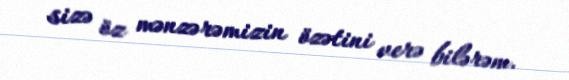
sizə öz mənzərəmizin özətini verə bilərəm.